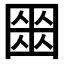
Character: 𡈍